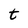
Character: t